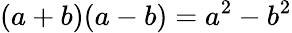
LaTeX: (a+b)(a-b)=a^{2}-b^{2}